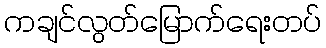
ကချင်လွတ်မြောက်ရေးတပ်